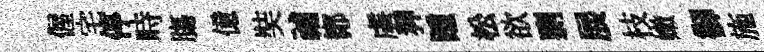
偓宅停畤膓億奘𥙷鄼虜狎踵松欲剽展枝嫩御施